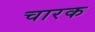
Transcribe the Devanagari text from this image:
चारक